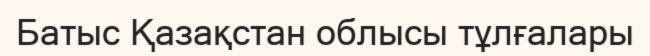
Батыс Қазақстан облысы тұлғалары